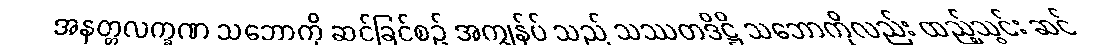
အနတ္တလက္ခဏ သဘောကို ဆင်ခြင်စဉ် အကျွန်ုပ် သည် သဿတဒိဋ္ဌိ သဘောကိုလည်း ထည့်သွင်း ဆင်